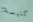
كنيسة